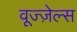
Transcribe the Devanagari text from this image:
वूज्ज़ेल्स